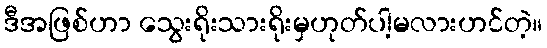
ဒီအဖြစ်ဟာ သွေးရိုးသားရိုးမှဟုတ်ပါ့မလားဟင်တဲ့။